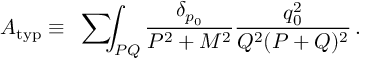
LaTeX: A _ { \mathrm { t y p } } \equiv \mathrm { ~ \sum ~ } \! \! \! \! \! \! \int _ { P Q } { \frac { \delta _ { p _ { 0 } } } { P ^ { 2 } + M ^ { 2 } } } { \frac { q _ { 0 } ^ { 2 } } { Q ^ { 2 } ( P + Q ) ^ { 2 } } } \, .